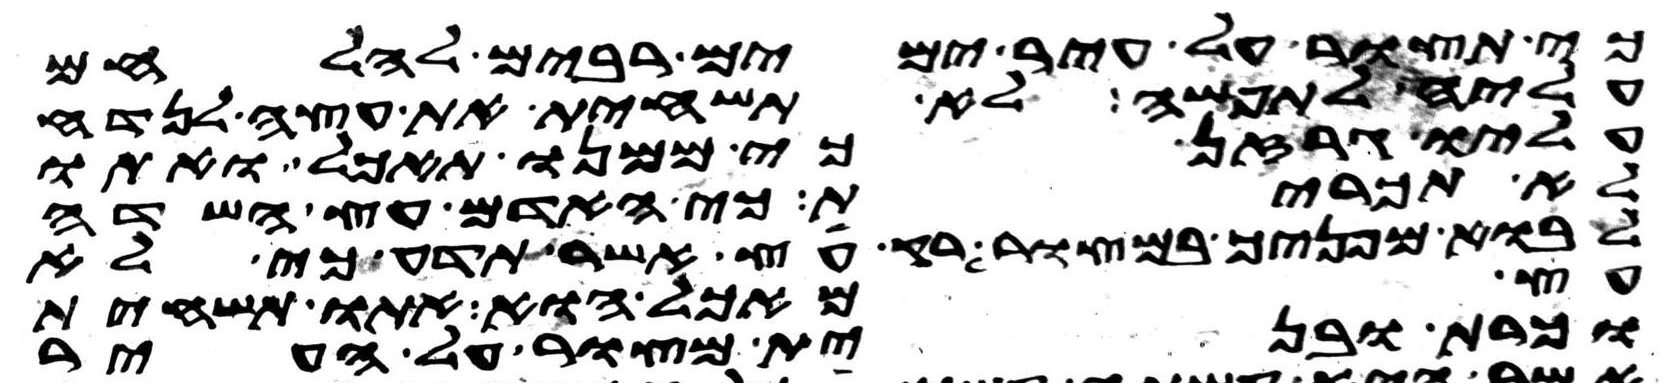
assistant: כי תצור על עיר ימים רבים להלחם
עליה לתפשה לא תשחית את עצה לנדח
עליו גרזן כי ממנו תאכל ואתו
לא תכרית כי האדם עץ השדה
לבוא מפניך במצור רק עץ אשר תדע כי לא
עץ מאכל הוא אתו תשחית
וכרת ובנית מצור על העיר